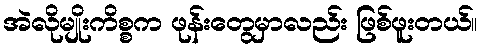
အဲလိုမျိုးကိစ္စက ဖုန်းတွေမှာလည်း ဖြစ်ဖူးတယ်။